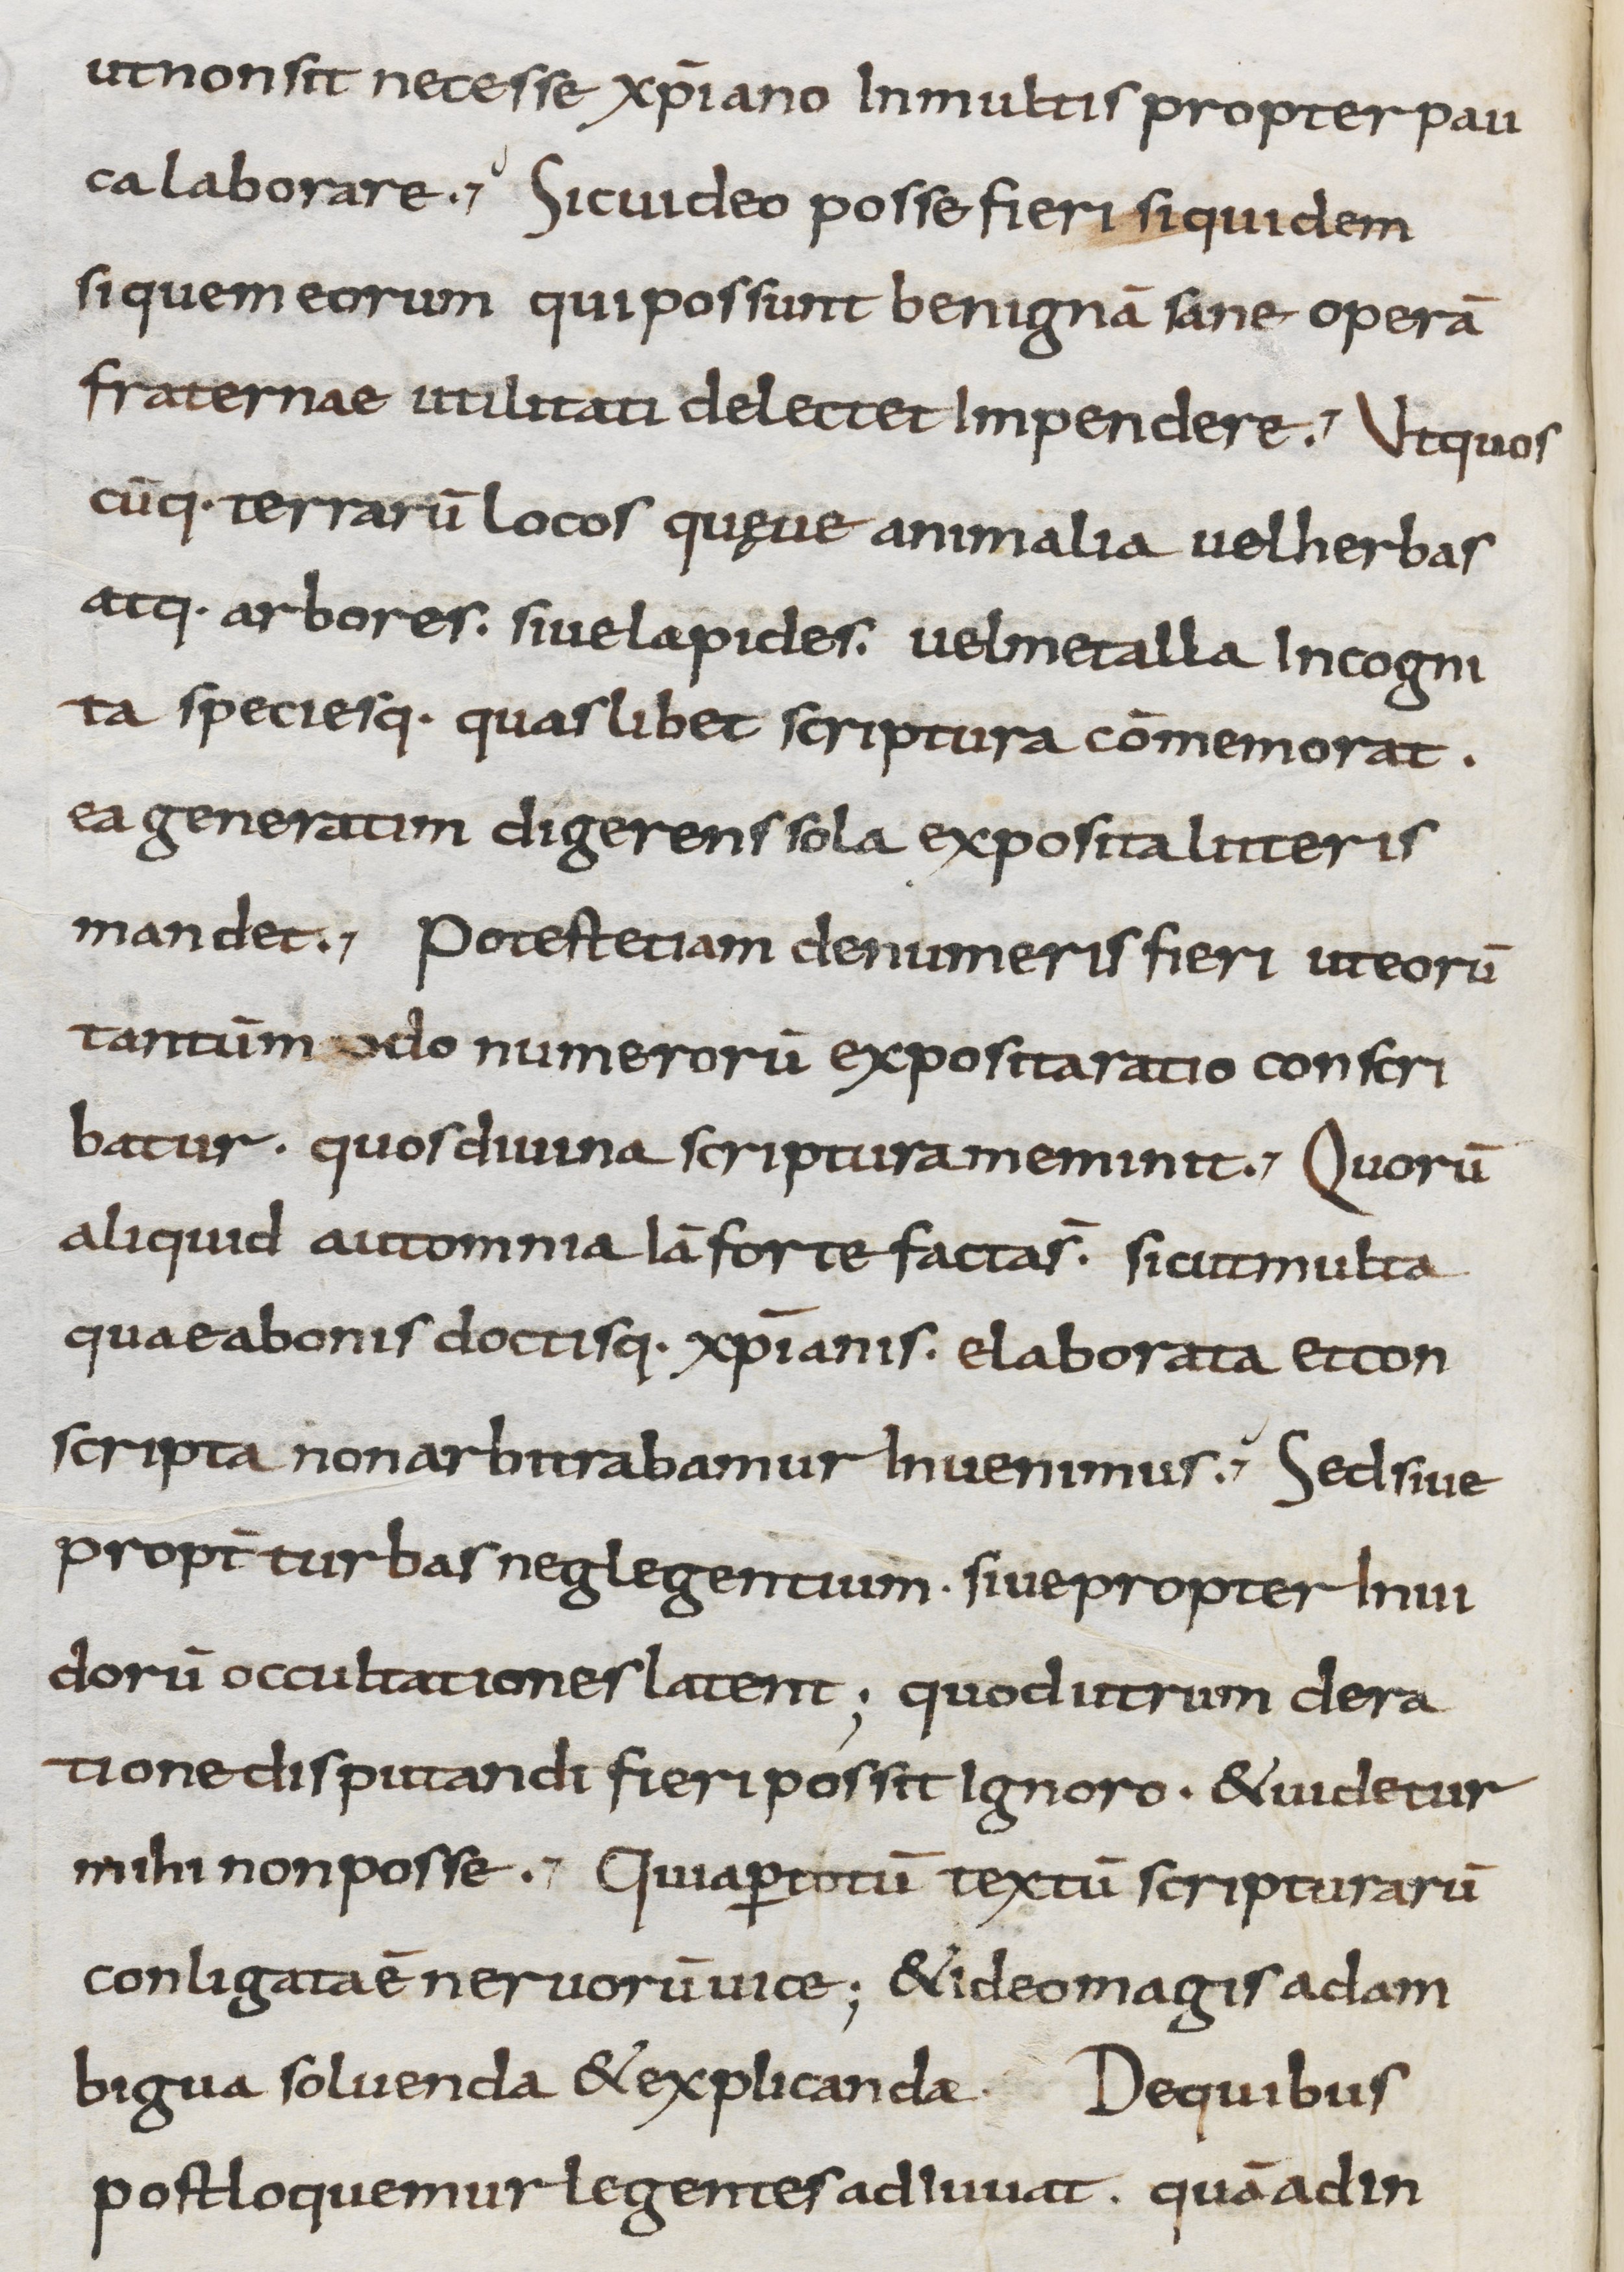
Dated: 800–899